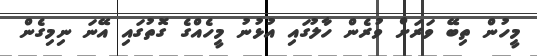
މީހުން ތިބޭ ވަރަށް ވުރެން ހާލުގައި އުޅުނު މީހެއްގެ ގޮތުގައި އޭނަ ނިމިގެން